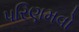
પરિણમવો